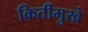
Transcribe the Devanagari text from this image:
किर्तीमुखे